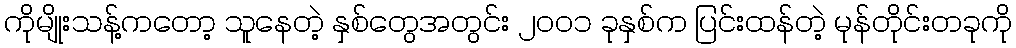
ကိုမျိုးသန့်ကတော့ သူနေတဲ့ နှစ်တွေအတွင်း ၂၀၀၁ ခုနှစ်က ပြင်းထန်တဲ့ မုန်တိုင်းတခုကို